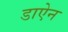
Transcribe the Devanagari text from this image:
डाऐन